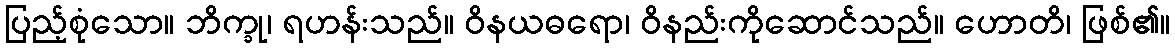
ပြည့်စုံသော။ ဘိက္ခု၊ ရဟန်းသည်။ ဝိနယဓရော၊ ဝိနည်းကိုဆောင်သည်။ ဟောတိ၊ ဖြစ်၏။